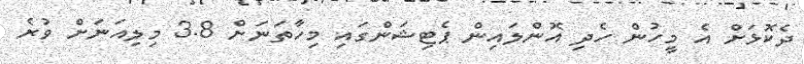
ދެކޮޅަށް އެ މީހުން ހެދި އޮންލައިން ޕެޓިޝަންގައި މިހާތަނަށް 3.8 މިލިއަނަށް ވުރެ